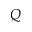
Q